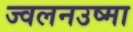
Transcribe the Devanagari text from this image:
ज्वलनउष्मा